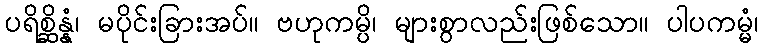
ပရိစ္ဆိန္နံ၊ မပိုင်းခြားအပ်။ ဗဟုကမ္ပိ၊ များစွာလည်းဖြစ်သော။ ပါပကမ္မံ၊